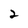
Character: 2